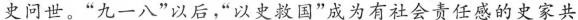
史问世。”九一八”以后，”以史救国”成为有社会责任感的史家共